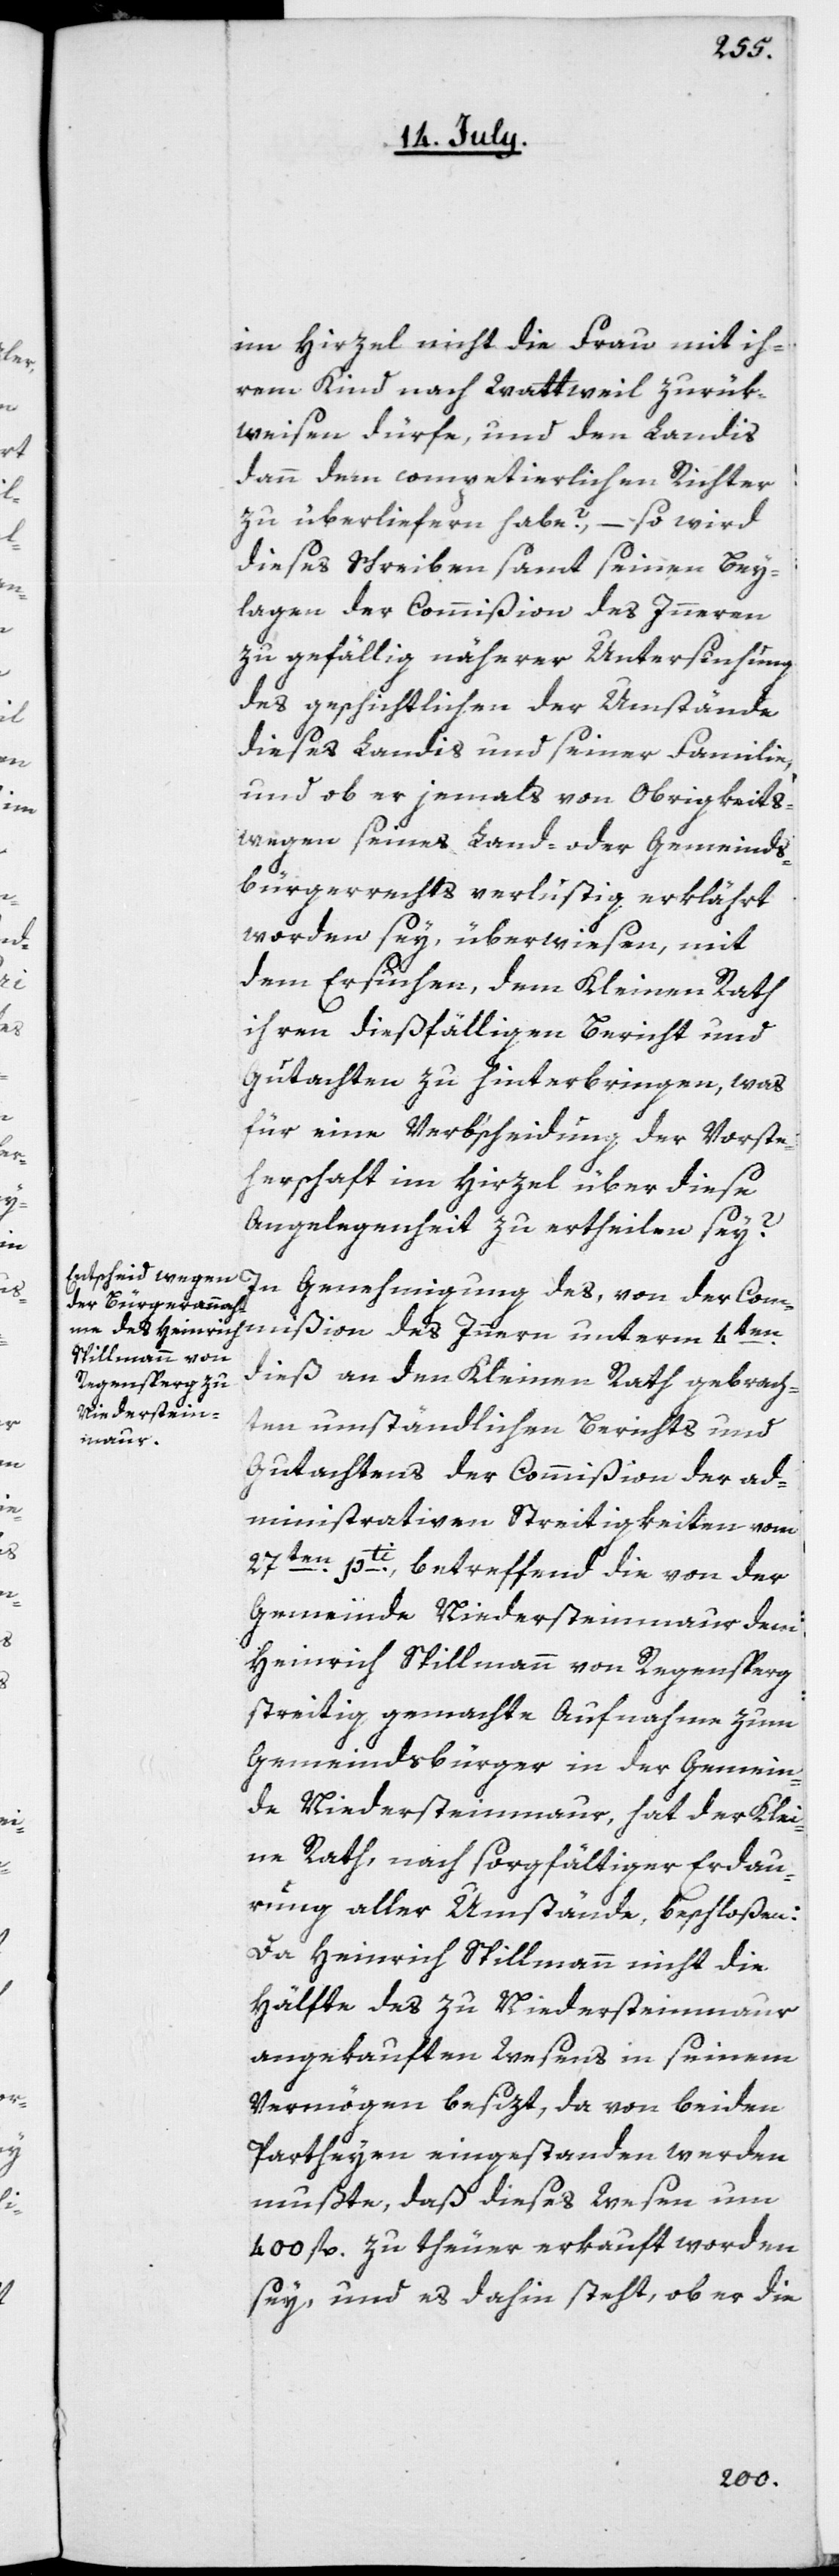
ißion
im Hirzel nicht die Frau mit ih¬
rem Kind nach Wattweil zurük¬
weisen dürfe, und den Landis
dann dem competierlichen Richter
zu überliefern habe?, – so wird
dieses Schreiben samt seinen Bey¬
lagen der Commißion des Innern
zu gefällig näherer Untersuchung
des geschichtlichen der Umstände
dieses Landis und seiner Familie,
und ob er jemals von Obrigkeits¬
wegen seines Land- oder Gemeinds¬
bürgerrecht verlustig erklährt
worden sey, überwiesen, mit
dem Ersuchen, dem Kleinen Rath
ihren dießfälligen Bericht und
Gutachten zu hinterbringen, was
für eine Verb’scheidung der Vorste¬
herschaft im Hirzel über diese
Angelegenheit zu ertheilen sey?
In Genehmigung des, von der Comm¬
dieß an den Kleinen Rath gebrach¬
ten umständlichen Berichts und
Gutachtens der Commißion der ad¬
ministrativen Streitigkeiten vom
27ten pti, betreffend die von der
Gemeinde Niedersteinmaur dem
Heinrich Spillmann von Regensperg
streitig gemachte Aufnahme zum
Gemeindsbürger in der Gemein¬
de Niedersteinmaur, hat der Klei¬
ne Rath, nach sorgfältiger Erdau¬
rung aller Umstände, beschloßen:
Da Heinrich Spillmann nicht die
Hälfte des zu Niedersteinmaur
angekauften Wesens in seinem
Vermögen besizt, da von beiden
Partheyen eingestanden werden
mußte, daß dieses Wesen um
400 fl. zu theuer erkauft worden
sey, und es dahin steht, ob er die